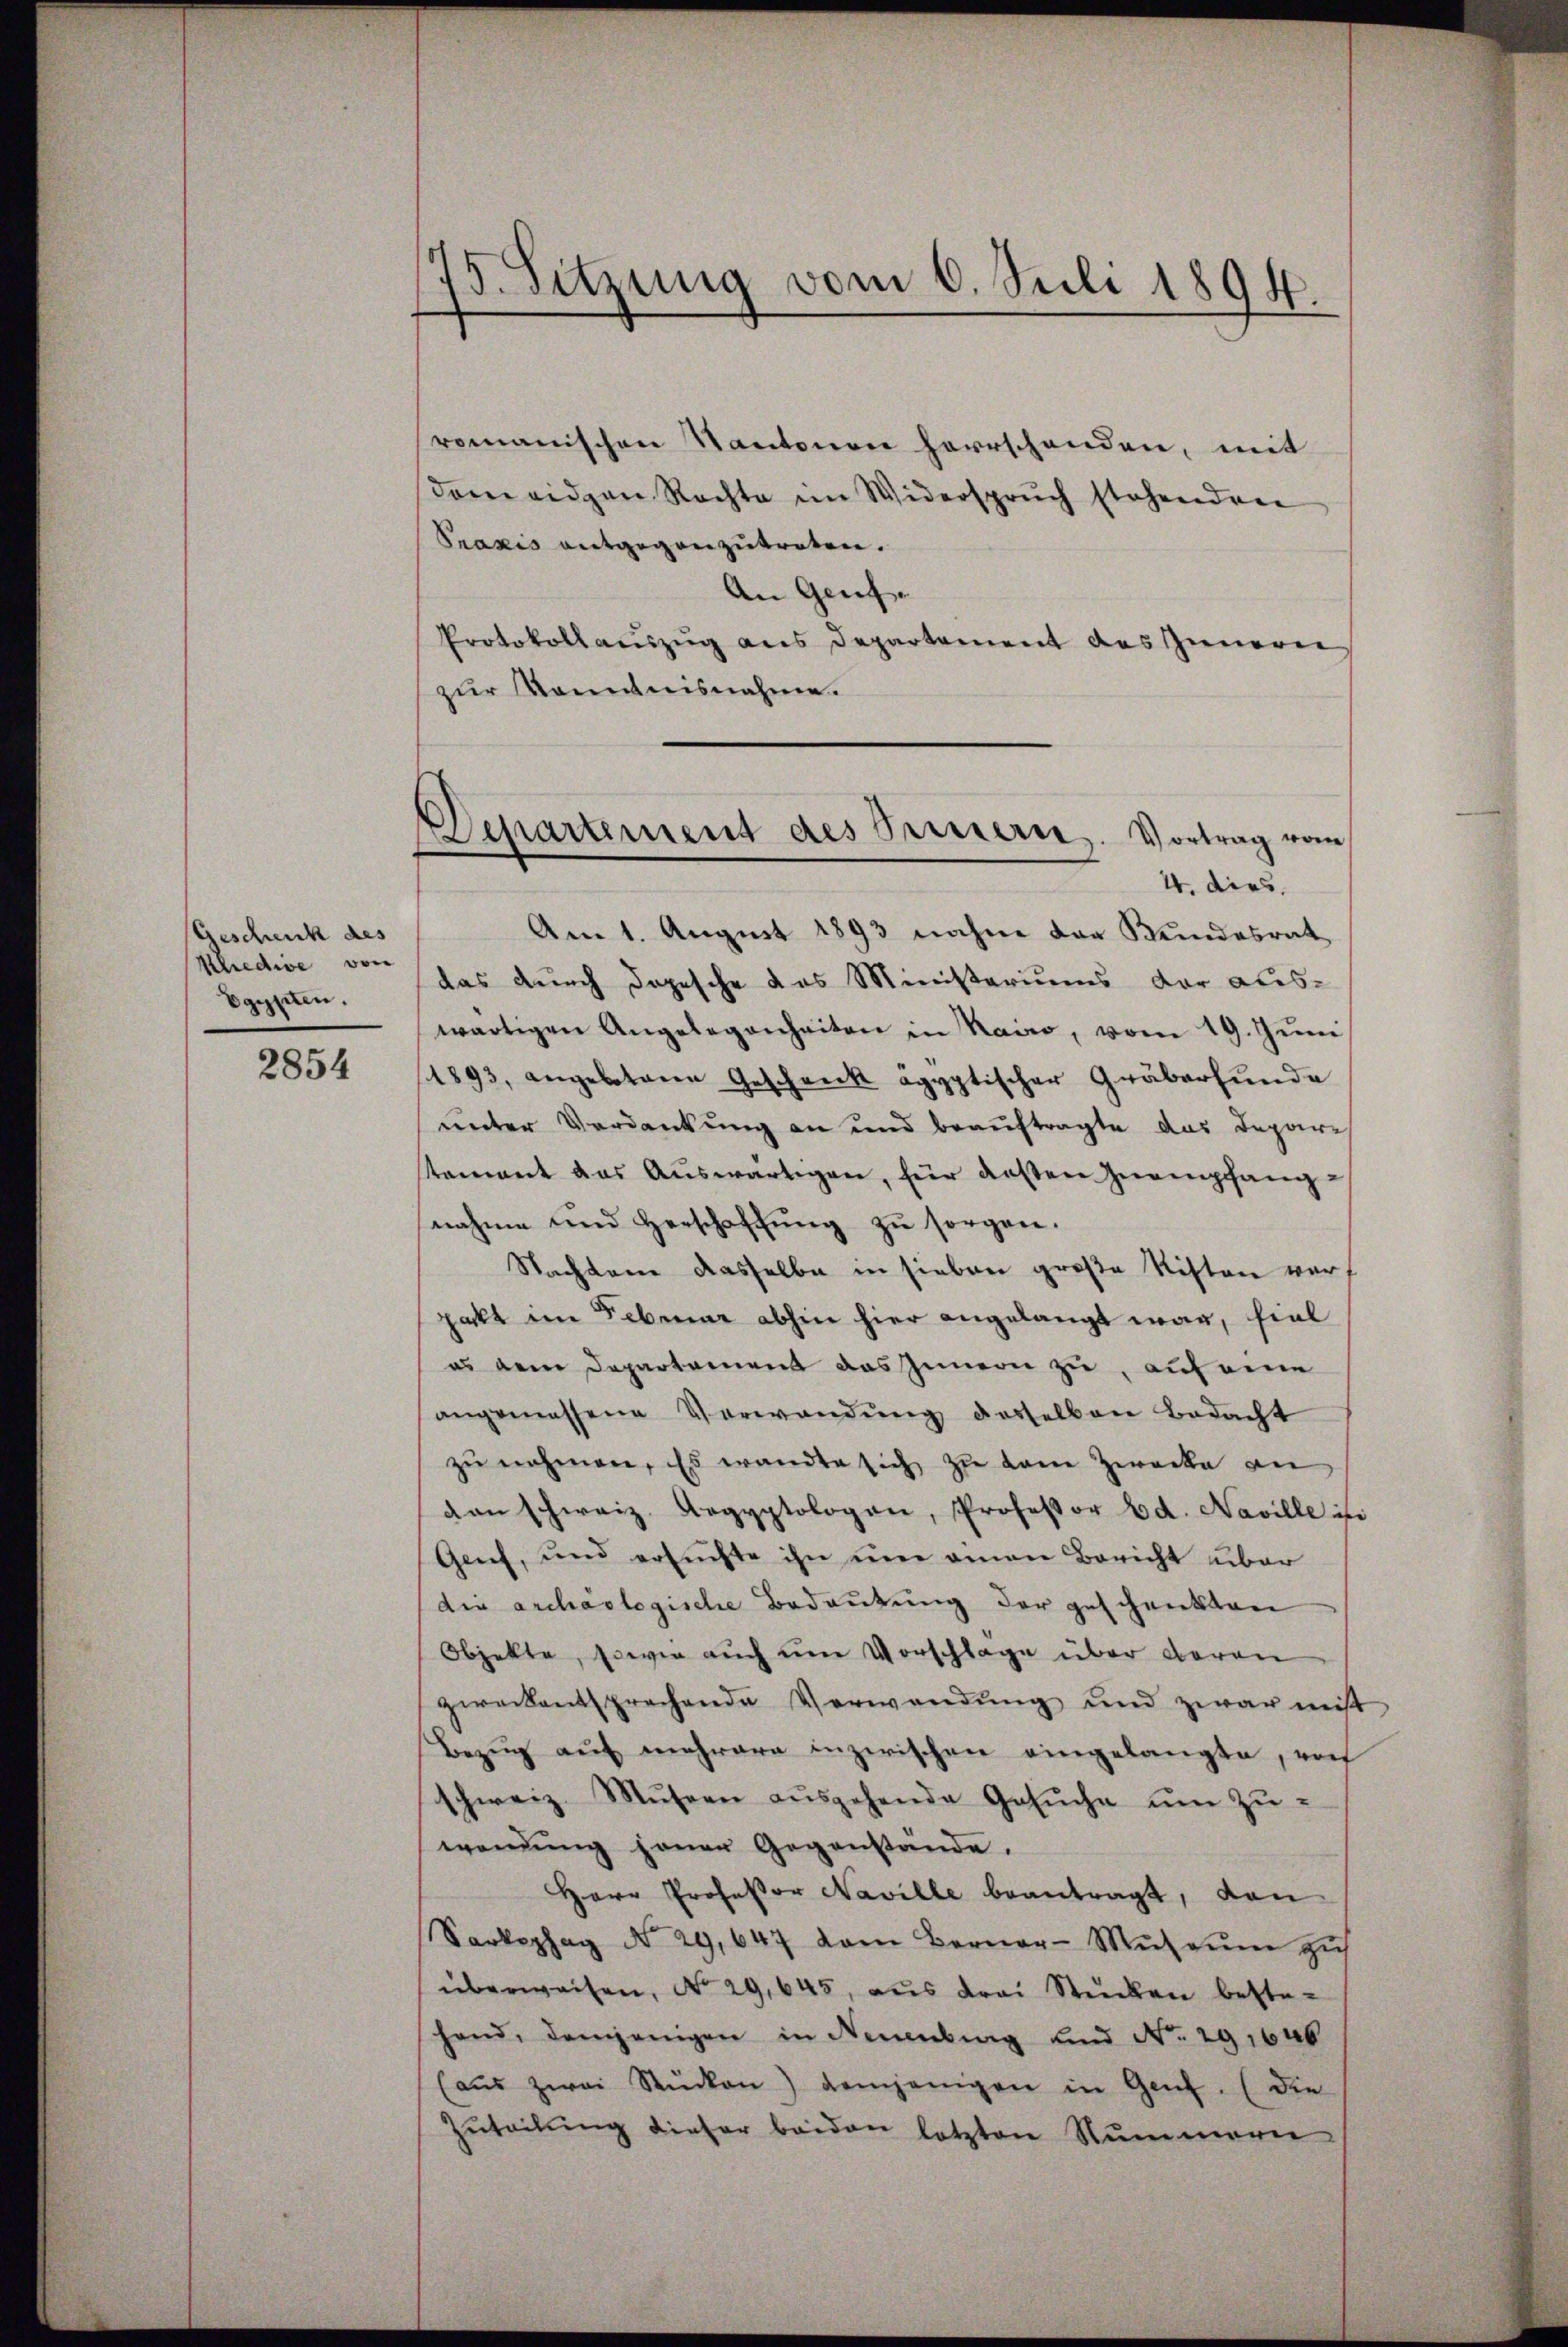
Geschenck des
Kredive von
Egypten.

2854

75. Setzung vom 6. Juli 1894.

Departement des Bernern. Vortrag vom
4. dies

romanischen Kantonen herrschenden, mit
dem eidgen Rechte im Widerspruch stehendene
Praxis entgegenzutreten.
An Genf.
Protokollaŭszŭg ans Departement des Innern
zur Kenntnisnahme.
Am 1. August 1893 nahme der Kundesrat
das durch dopesche das Ministeriums der Auswärtigen Angelegenheiten in Nano, vom 19. Jŭni
4893, angebotene Geschenk agyptischer Gräberfŭnde
unter Verdankung an und beauftragte das Depare
tement das Auswärtigen, für deßen Inempfangnahme und Herschaffŭng zŭ sorgen.
Nachtane dasselbe in sieben große Riston vorpakt im Februar abhin hier angelangt war, fiel
es dem Departament das Innern zu, auf eine
angemessene Verwendŭng desselben bedacht
zŭ nehmen. Es wandte sich zu dem Zwecke an
dan schweiz. Aegyptologen, Professor Bd. Naville ist
Genf, und ersuchte ihn um einen Bericht über
die archäologische Bedeutung der geschenkten
Objekte, sowie auch um Vorschlage über Baron
gerockentsprechende Verwendŭng und zwar mit
Bezŭg aŭf mehrere inzwischen eingelangte, vo
schweiz. Mŭsern aŭsgehende Gesŭche ŭm Zŭ-
wendŭng jener Gegenstande.
Herr Professor Naville beantragt, den
Sarkophag No. 29,647 dem Berner-Mŭtaŭm zŭ
überweisen, No 29,645, aus drei Stücken bestehand, demjenigen in Neuenburg und No. 29,646
(aus zwei Stücken) demjenigen in Genf. (die
Zuteilung dieser beiden letzten Nummern